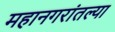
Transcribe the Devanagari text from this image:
महानगरांतल्या